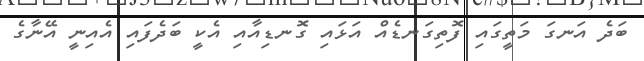
ބަދެ އަނގަ މަތީގައި ފޮތިގަނޑެއް އަޅައި ގޮނޑިއާއި އެކީ ބަދެފައި އެއިނީ އޭނާގެ